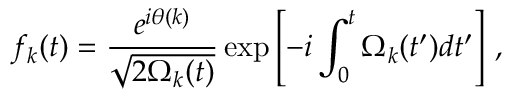
f _ { k } ( t ) = \frac { e ^ { i \theta ( k ) } } { \sqrt { 2 \Omega _ { k } ( t ) } } \exp \left[ - i \int _ { 0 } ^ { t } \Omega _ { k } ( t ^ { \prime } ) d t ^ { \prime } \right] \, ,